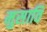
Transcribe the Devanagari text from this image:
मुसावि